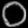
Digit: ၀